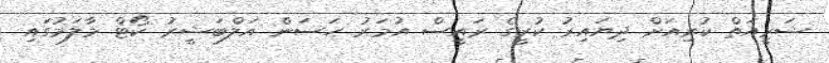
ޝަރީއަތް ކުރިއަށް ދިޔައިރު ކުރީގެ ރައީސް އުމަރު ހަސަން އަލްބަޝީރު ކޯޓް މާލަމުގައި